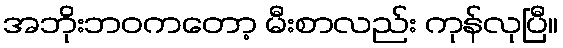
အဘိုးဘဝကတော့ မီးစာလည်း ကုန်လုပြီ။